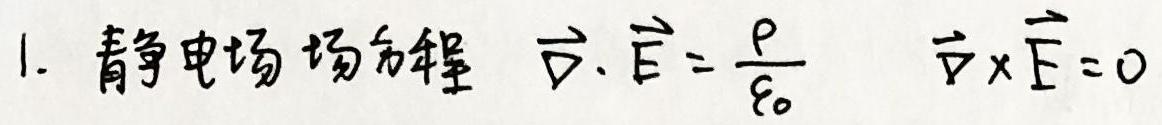
1. 静电场场方程 $\vec{\nabla} \cdot \vec{E} = \frac{\rho}{\varepsilon_0}$ $\vec{\nabla} \times \vec{E} = 0$